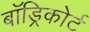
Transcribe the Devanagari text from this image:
बॉड्रिकोर्ट